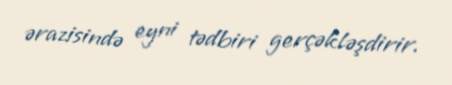
ərazisində eyni tədbiri gerçəkləşdirir.